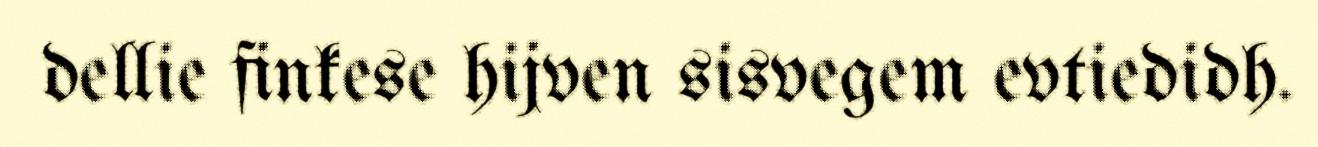
dellie finkese hijven sisvegem evtiedidh.